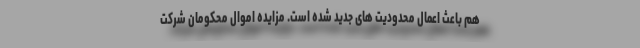
هم باعث اعمال محدودیت های جدید شده است. مزایده اموال محکومان شرکت